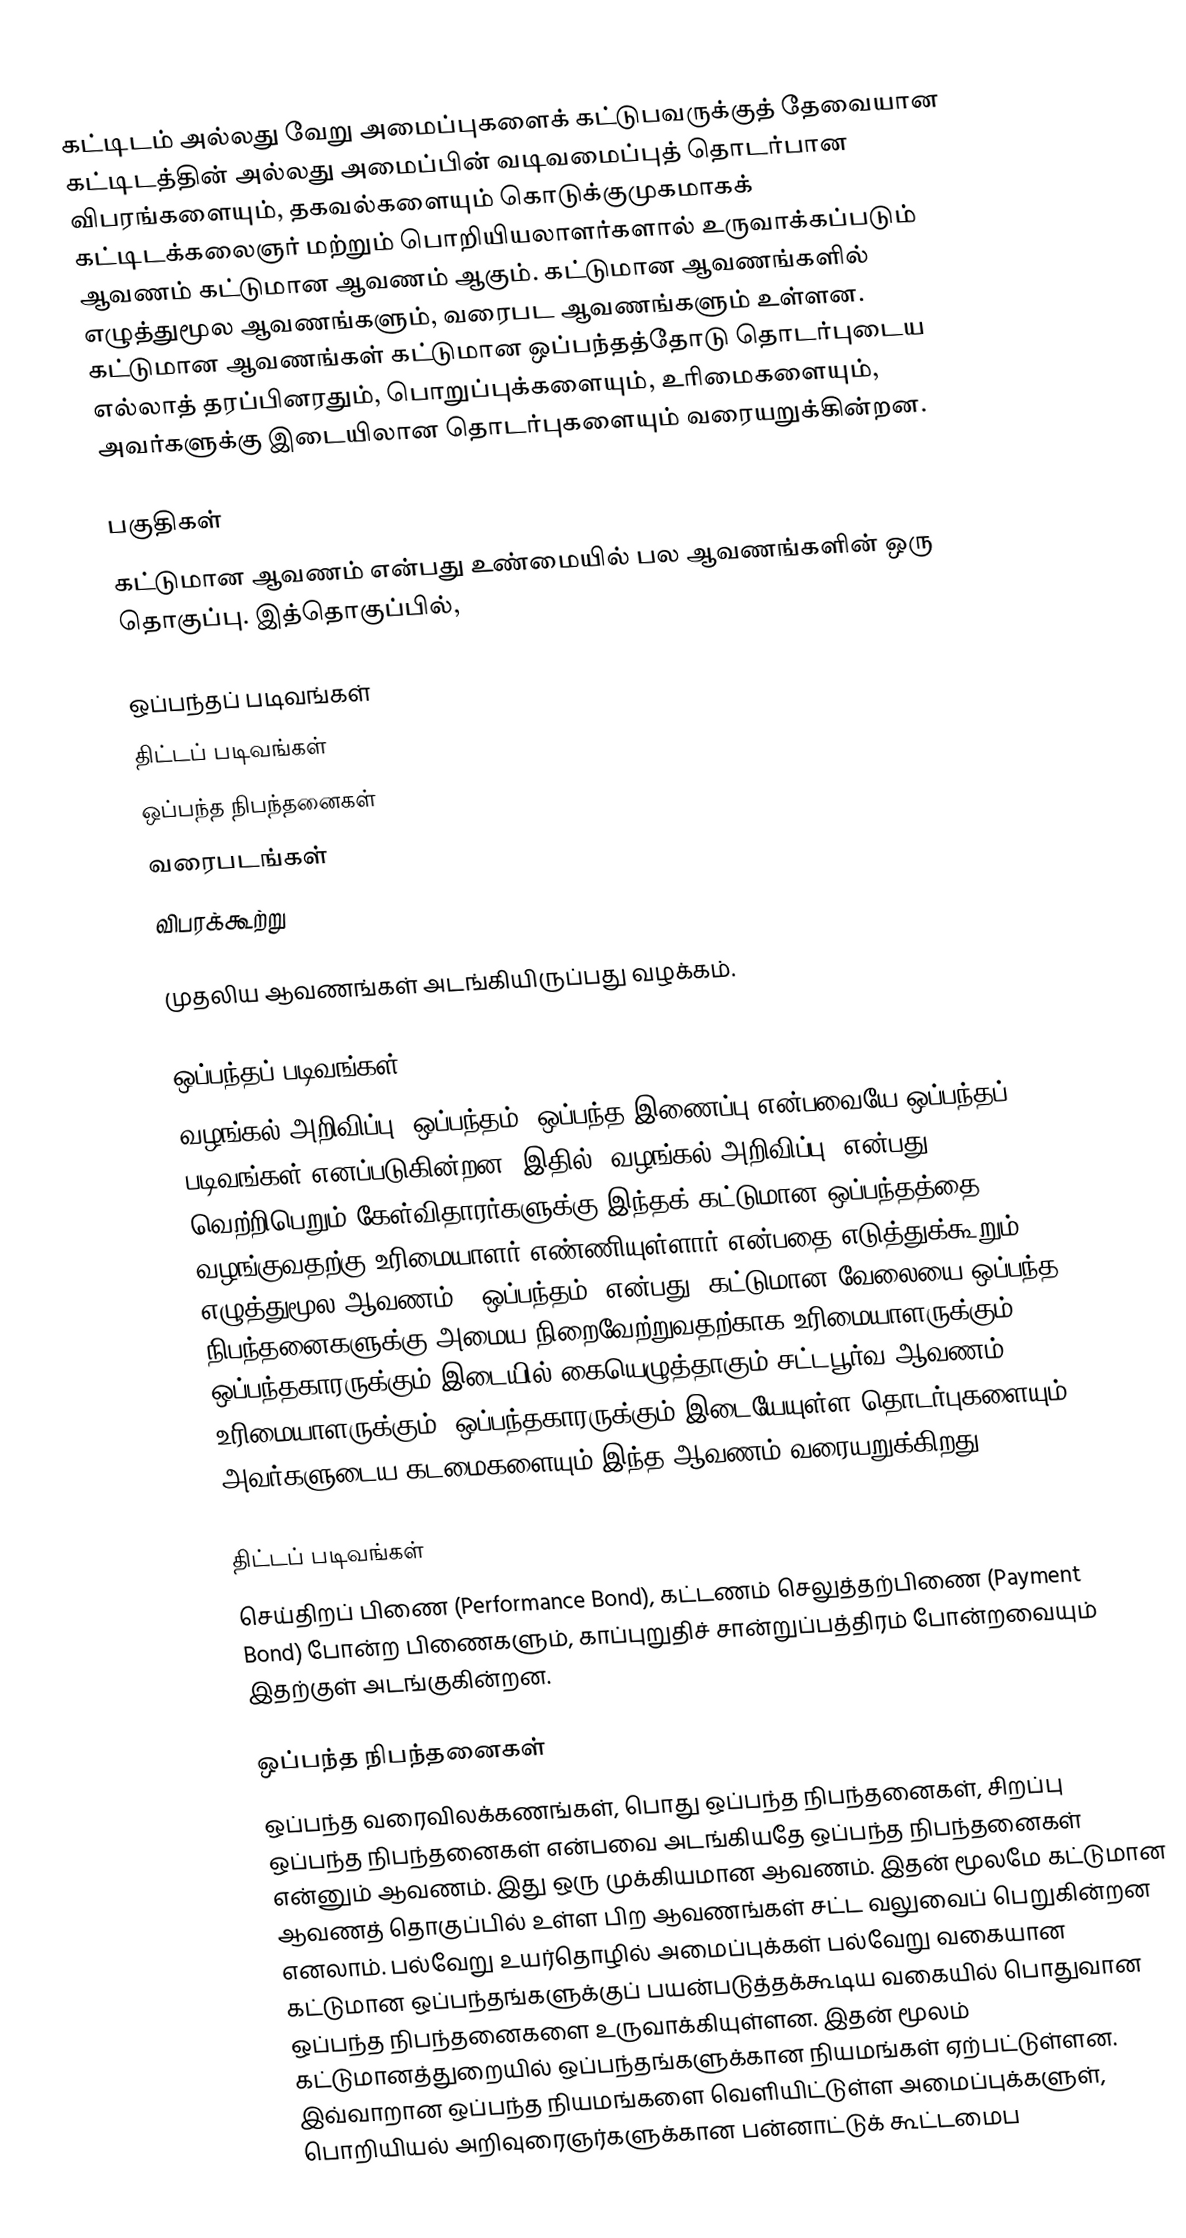
கட்டிடம் அல்லது வேறு அமைப்புகளைக் கட்டுபவருக்குத் தேவையான கட்டிடத்தின் அல்லது அமைப்பின் வடிவமைப்புத் தொடர்பான விபரங்களையும், தகவல்களையும் கொடுக்குமுகமாகக் கட்டிடக்கலைஞர் மற்றும் பொறியியலாளர்களால் உருவாக்கப்படும் ஆவணம் கட்டுமான ஆவணம் ஆகும். கட்டுமான ஆவணங்களில் எழுத்துமூல ஆவணங்களும், வரைபட ஆவணங்களும் உள்ளன. கட்டுமான ஆவணங்கள் கட்டுமான ஒப்பந்தத்தோடு தொடர்புடைய எல்லாத் தரப்பினரதும், பொறுப்புக்களையும், உரிமைகளையும், அவர்களுக்கு இடையிலான தொடர்புகளையும் வரையறுக்கின்றன.

பகுதிகள்
கட்டுமான ஆவணம் என்பது உண்மையில் பல ஆவணங்களின் ஒரு தொகுப்பு. இத்தொகுப்பில்,

 ஒப்பந்தப் படிவங்கள்
 திட்டப் படிவங்கள்
 ஒப்பந்த நிபந்தனைகள்
 வரைபடங்கள்
 விபரக்கூற்று

முதலிய ஆவணங்கள் அடங்கியிருப்பது வழக்கம்.

ஒப்பந்தப் படிவங்கள்
வழங்கல் அறிவிப்பு, ஒப்பந்தம், ஒப்பந்த இணைப்பு என்பவையே ஒப்பந்தப் படிவங்கள் எனப்படுகின்றன. இதில் "வழங்கல் அறிவிப்பு" என்பது வெற்றிபெறும் கேள்விதாரர்களுக்கு இந்தக் கட்டுமான ஒப்பந்தத்தை வழங்குவதற்கு உரிமையாளர் எண்ணியுள்ளார் என்பதை எடுத்துக்கூறும் எழுத்துமூல ஆவணம். "ஒப்பந்தம்" என்பது, கட்டுமான வேலையை ஒப்பந்த நிபந்தனைகளுக்கு அமைய நிறைவேற்றுவதற்காக உரிமையாளருக்கும், ஒப்பந்தகாரருக்கும் இடையில் கையெழுத்தாகும் சட்டபூர்வ ஆவணம். உரிமையாளருக்கும், ஒப்பந்தகாரருக்கும் இடையேயுள்ள தொடர்புகளையும், அவர்களுடைய கடமைகளையும் இந்த ஆவணம் வரையறுக்கிறது.

திட்டப் படிவங்கள்
செய்திறப் பிணை (Performance Bond), கட்டணம் செலுத்தற்பிணை (Payment Bond) போன்ற பிணைகளும், காப்புறுதிச் சான்றுப்பத்திரம் போன்றவையும் இதற்குள் அடங்குகின்றன.

ஒப்பந்த நிபந்தனைகள்
ஒப்பந்த வரைவிலக்கணங்கள், பொது ஒப்பந்த நிபந்தனைகள், சிறப்பு ஒப்பந்த நிபந்தனைகள் என்பவை அடங்கியதே ஒப்பந்த நிபந்தனைகள் என்னும் ஆவணம். இது ஒரு முக்கியமான ஆவணம். இதன் மூலமே கட்டுமான ஆவணத் தொகுப்பில் உள்ள பிற ஆவணங்கள் சட்ட வலுவைப் பெறுகின்றன எனலாம். பல்வேறு உயர்தொழில் அமைப்புக்கள் பல்வேறு வகையான கட்டுமான ஒப்பந்தங்களுக்குப் பயன்படுத்தக்கூடிய வகையில் பொதுவான ஒப்பந்த நிபந்தனைகளை உருவாக்கியுள்ளன. இதன் மூலம் கட்டுமானத்துறையில் ஒப்பந்தங்களுக்கான நியமங்கள் ஏற்பட்டுள்ளன. இவ்வாறான ஒப்பந்த நியமங்களை வெளியிட்டுள்ள அமைப்புக்களுள், பொறியியல் அறிவுரைஞர்களுக்கான பன்னாட்டுக் கூட்டமைப